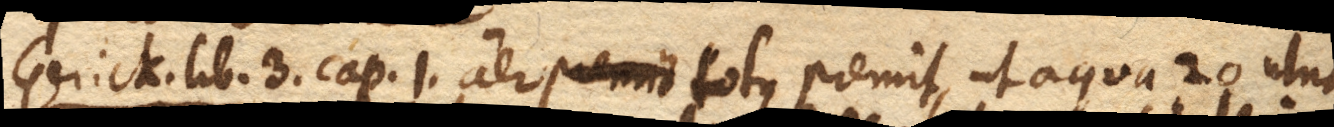
Gerick. lib. 3. cap. 1. Aer totus premit, ut aqua 20 ulnas